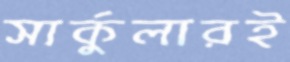
সার্কুলারই